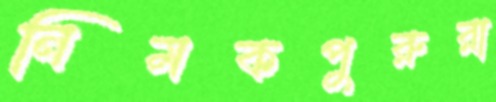
নিমকপুরুরা